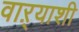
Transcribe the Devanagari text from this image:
वाऱ्याशी